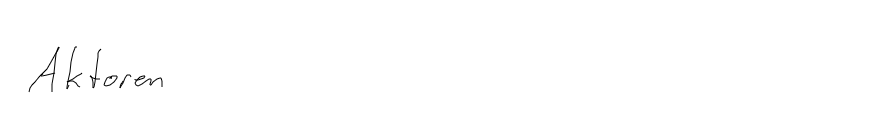
Aktoren